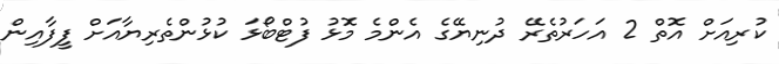
ކުރިއަށް އޮތް 2 އަހަރުތެރޭ ދުނިޔޭގެ އެންމެ މޮޅު ފުޓްބޯޅަ ކުޅުންތެރިޔާއަށް ފީފާއިން